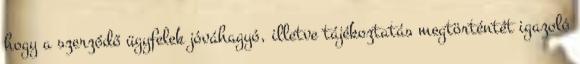
hogy a szerződő ügyfelek jóváhagyó, illetve tájékoztatás megtörténtét igazoló